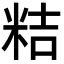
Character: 𮇕